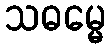
သဓမ္မေ